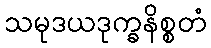
သမုဒယဒုက္ခနိစ္စတံ